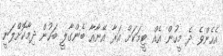
އެހެންވެ ދެ މީހުން އެއް ޓީމަކަށް އަރާ އޭނާއާ ބެންގާލީ ބަހުން ދިމާކޮށްލަނީ